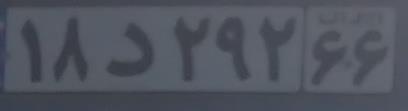
۱۸د۲۹۲۶۶